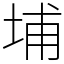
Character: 埔